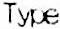
TYPE